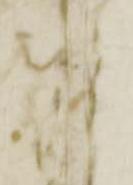
御